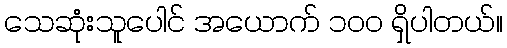
သေဆုံးသူပေါင် အယောက် ၁၀၀ ရှိပါတယ်။